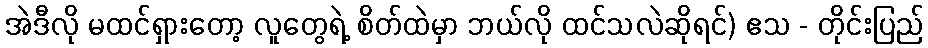
အဲဒီလို မထင်ရှားတော့ လူတွေရဲ့ စိတ်ထဲမှာ ဘယ်လို ထင်သလဲဆိုရင်) ဧသ - တိုင်းပြည်